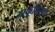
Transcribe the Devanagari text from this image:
आकृतिसूत्र